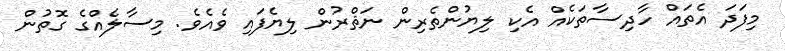
މިފަދަ އެތައް ހާދިސާތަކެއް އެކި ލިޔުންތެރިން ނަޘްރުން ލިޔެފައި ވެއެވެ. މިސާލެއްގެ ގޮތުން